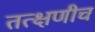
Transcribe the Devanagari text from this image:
तत्क्षणीच